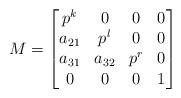
LaTeX: \begin{align*}M = \begin{bmatrix}p^k & 0 & 0 & 0 \\a_{21} & p^l & 0 & 0 \\a_{31} & a_{32} & p^r & 0 \\ 0 & 0 & 0 & 1\end{bmatrix}\end{align*}